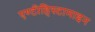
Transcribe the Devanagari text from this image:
एण्टीहिस्टामाइन